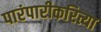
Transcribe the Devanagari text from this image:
पारंपारीकरित्या